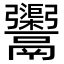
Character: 𩱮